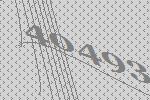
40493